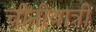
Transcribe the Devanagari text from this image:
चीनीयात्री